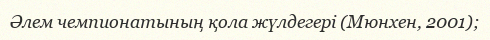
Әлем чемпионатының қола жүлдегері (Мюнхен, 2001);